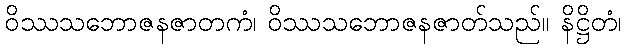
ဝိဿသဘောဇနဇာတကံ၊ ဝိဿသဘောဇနဇာတ်သည်။ နိဋ္ဌိတံ၊